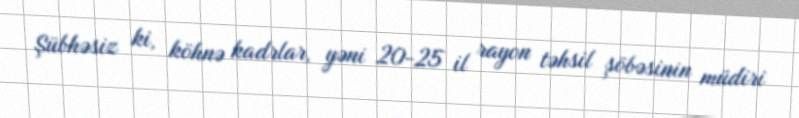
Şübhəsiz ki, köhnə kadrlar, yəni 20-25 il rayon təhsil şöbəsinin müdiri